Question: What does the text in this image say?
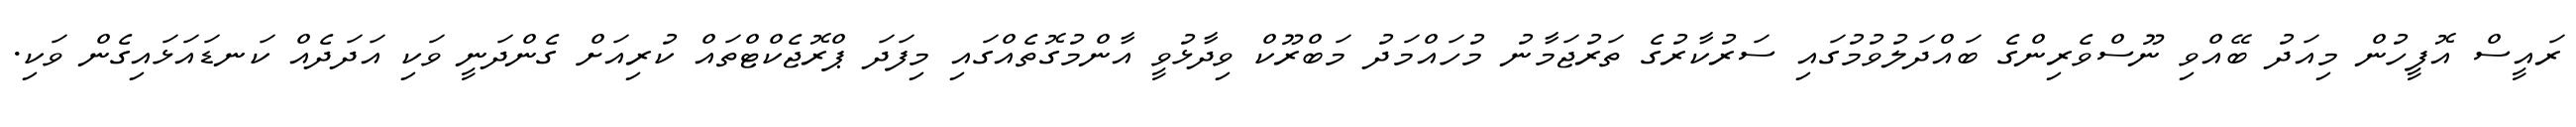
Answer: ރައީސް އޮފީހުން މިއަދު ބޭއްވި ނޫސްވެރިންގެ ބައްދަލުވުމުގައި ސަރުކާރުގެ ތަރުޖަމާނު މުހައްމަދު މަބްރޫކް ވިދާޅުވީ އާންމުގޮތެއްގައި މިފަދަ ޕްރޮޖެކްޓްތައް ކުރިއަށް ގެންދަނީ ވަކި އަދަދެއް ކަނޑައަޅައިގެން ވަކި.